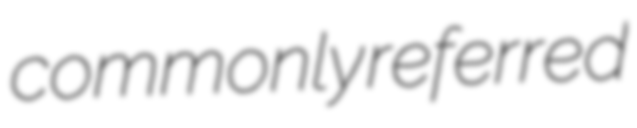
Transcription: commonly referred